Vaccine operations Central Provinces 1868-1885 - 1868-1885
Year: 1868
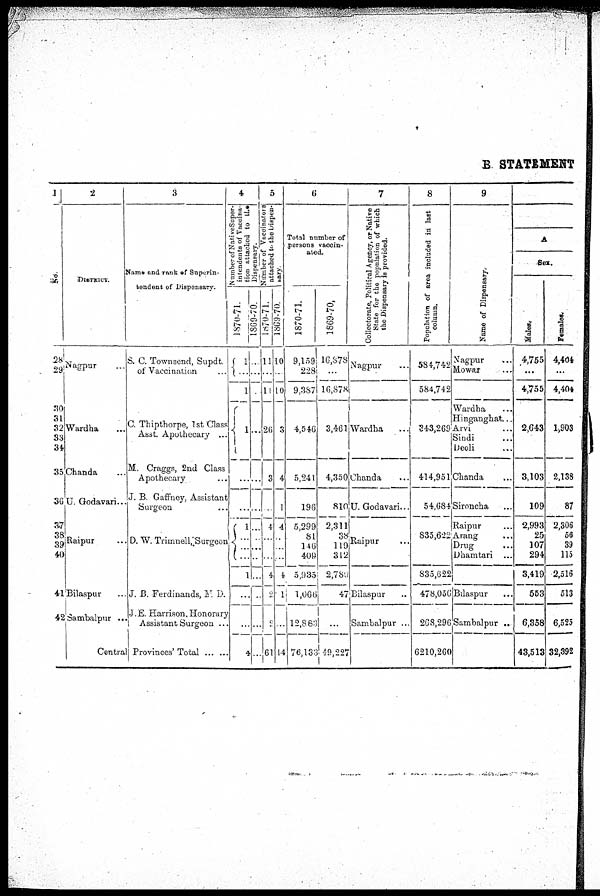
B. STATEMENT
1
No
28
29
30
31
32
33
34
35
36
37
38
39
40
41
42
2
District.
Nagpur... ...
Wardha...
Chanda...
U. Godavari...
Raipur...
Bilaspur..
Sambalpur... ..
Central... ...
3
Name and rank of Superin-
tendent of Dispensary.
S. C. Townsend, Supdt
of Vaccination... ...
C. Thipthorpe, 1st Class
Asst. Apothecary ...
M. Craggs, 2nd Class
Apothecary...
J. B. Gaffney, Assistant
Surgeon
D. W. Trimnell,Surgeon
J. B. Ferdinands, N. D.
J. E. Harrison, Honorary
Assistant Surgeon ...
Provinces' Total... ...
4
Number of nativ
intendents of va
tion attached to
Dispensary.
1870-71.
1
...
1
1
...
...
l
...
...
...
1
...
...
4
1869-70.
...
...
...
...
...
...
...
...
...
...
...
...
...
...
5
Number of vaccinators
attached to the dispen-
sary.
1970-71.
11
...
11
26
3
...
4
...
...
...
4
2
2
61
1869-70.
10
...
10
3
4
1
4
...
...
...
4
1
..
14
6
Total number of
persons vaccin-
ated.
1870-71.
9,159
228
9,387
4,546
5,241
196
5,299
81
116
409
5,935
1,066
12,883
76,133
1869-70.
16,878
...
16,878
3,461
4,350
810
2,311
38
119
312
2,789
47
...
49,227
7
Collectorate, Political Agency, or Native
State for the population of which
the Dispensary is provided.
Nagpur...
...
Wardha...
Chanda...
U. Godavari...
Raipur...
...
Bilaspur...
Sambalpur ...
8
Population of area included in last
column.
584,742
584,742
343,269
414,951
54,684
835,622
835,622
478,056
208,296
6210,260
9
Name of Dispensary.
Nagpur
...
Mowar...
...
Wardha...
Hinganghat...
Arvi...
Sindi
Deoli
Chanda...
Sironcha...
Raipur
Atang
...
Drug ...
Dhamtari ...
Bilaspur...
Sambalpur ..
A
Sex.
Males.
4,755
...
4,755
2,643
3,103
109
2,993
25
107
294
3,419
553
6,358
43,513
Females.
4,404
...
4,404
1903
2,138
87
2,306
56
39
115
2,516
513
6,525
32,392